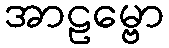
အာဠမ္ဗော